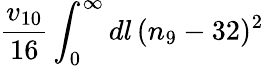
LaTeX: \frac{v_{10}}{16}\int_{0}^{\infty}dl\, (n_{9}-32)^{2}